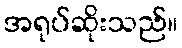
အရုပ်ဆိုးသည်။